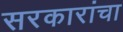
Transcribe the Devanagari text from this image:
सरकारांचा